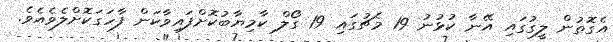
އެގޮތުން ލީގުގައި އޭނާ ކުޅުނު 19 މެޗުގައި 19 ގޯލް ކާމިޔާބުކޮށްފައިވާކަން ފާހަގަކޮށްލެވެއެވެ.